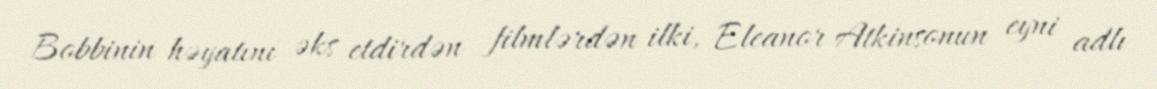
Bobbinin həyatını əks etdirdən filmlərdən ilki, Eleanor Atkinsonun eyni adlı